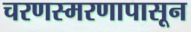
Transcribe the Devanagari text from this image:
चरणस्मरणापासून